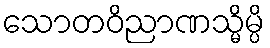
သောတဝိညာဏသ္မိမ္ပိ